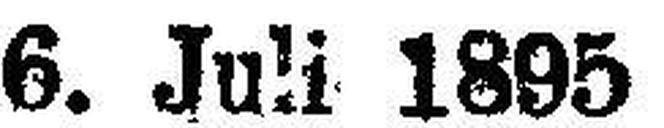
6. Juli 1895